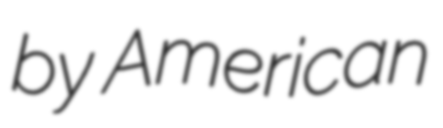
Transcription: by American